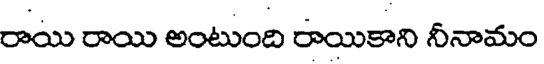
రాయి రాయి అంటుంది రాయికాని నీనామం